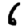
Digit: 6